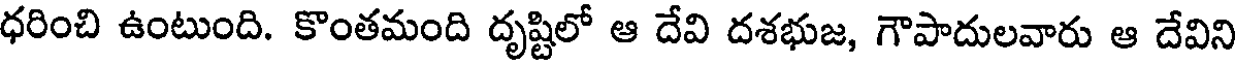
ధరించి ఉంటుంది. కొంతమంది దృష్టిలో ఆ దేవి దశభుజ, గౌపాదులవారు ఆ దేవిని